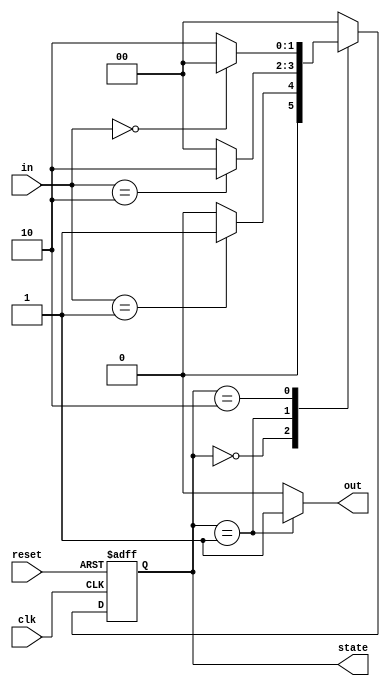
module StateMachine (
    input wire clk,        // Clock input
    input wire reset,      // Reset input
    input wire [1:0] in,   // Input signals
    output reg [1:0] state, // Current state output
    output reg out         // Output based on state
);

// State encoding
localparam STATE_A = 2'b00;
localparam STATE_B = 2'b01;
localparam STATE_C = 2'b10;

// State variable
reg [1:0] next_state;

// Initialization logic
always @(posedge clk or posedge reset) begin
    if (reset) begin
        state <= STATE_A; // Initialize to default state
    end else begin
        state <= next_state; // Update state on clock edge
    end
end

// State transition logic
always @(*) begin
    case (state)
        STATE_A: begin
            if (in == 2'b01) begin
                next_state = STATE_B;
            end else begin
                next_state = STATE_A;
            end
        end
        
        STATE_B: begin
            if (in == 2'b10) begin
                next_state = STATE_C;
            end else begin
                next_state = STATE_A;
            end
        end
        
        STATE_C: begin
            if (in == 2'b00) begin
                next_state = STATE_A;
            end else begin
                next_state = STATE_C;
            end
        end
        
        default: next_state = STATE_A; // Fallback to default state
    endcase
end

// Output logic based on the current state
always @(*) begin
    case (state)
        STATE_A: out = 1'b0;
        STATE_B: out = 1'b1;
        STATE_C: out = 1'b0;
        default: out = 1'b0; // Default output
    endcase
end

endmodule